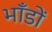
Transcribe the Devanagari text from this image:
भाँडों